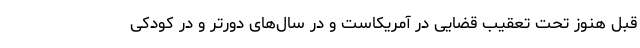
قبل هنوز تحت‌ تعقیب قضایی در آمریکاست و در سال‌های دورتر و در کودکی